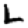
Digit: 2